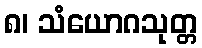
၈၊ သံယောဂသုတ္တ